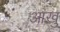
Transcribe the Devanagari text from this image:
आंखु